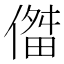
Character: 𫣔